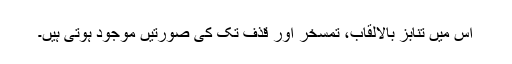
اس میں تنابز بالالقاب، تمسخر اور قذف تک کی صورتیں موجود ہوتی ہیں۔